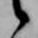
候